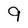
Character: 9